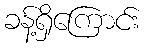
ခန့်ရှိကြောင်း